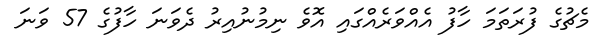
މެޗުގެ ފުރަތަމަ ހާފު އެއްވަރެއްގައި އޮވެ ނިމުނުއިރު ދެވަނަ ހާފުގެ 57 ވަނަ